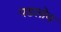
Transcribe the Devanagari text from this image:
पडलोय